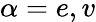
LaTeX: \alpha=e,v